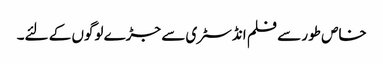
خاص طور سے فلم انڈسٹری سے جڑے لوگوں کے لئے۔